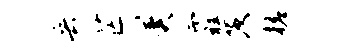
兵芒冀霾茨槎